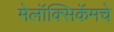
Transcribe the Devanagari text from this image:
मेलॉक्सिकॅमचे